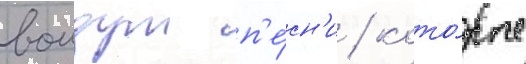
воидут п'е́сн'и / кото́рые